King Institute of Preventive Medicine Micro-Biological Section reports 1909-11
Year: 1909
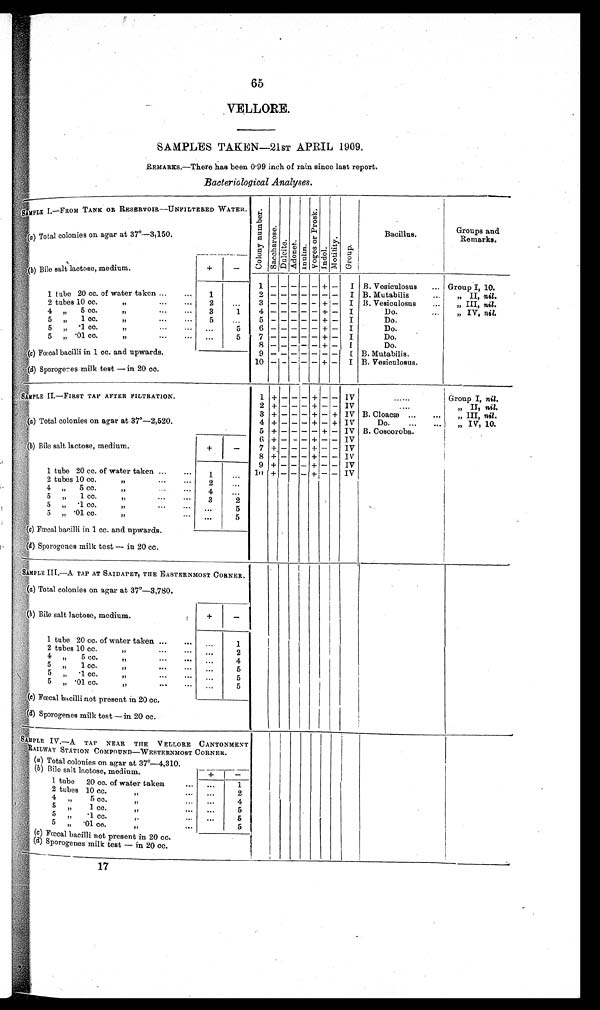
65
VELLORE.
SAMPLES TAKEN —21ST APRIL 1909.
REMARKS.— There has been 0·99 inch of rain since last report.
Bacteriological Analyses.
SAMPLE I.—FROM TANK OR RESERVOIR—UNFILTERED WATER.
Co l o n y n u mb e r . S a c c h a r o s e . Du l c i t e .Ad o n e t . I n u l i n . V o g e s o r P r o s k . I n d o l . M o t i l i t y . Group.
Bacillus. Bacillus.
Groups and
Remarks.
(a) Total colonies on agar at 37°—
3,150.
(b) Bile salt lactose, medium.
+
—
1
— — — — —
+
—
I B. Vesiculosus ... Group I, 10.
1 tube 20 cc. of water taken ... ... 1
2
— — — — — — —
I B. Mutabilis ... „ II, nil.
2 tubes 10 cc.
,,
...
. . . 2 ... 3 — — — — — + — I B. Vesiculosus ... ,, III, nil.
4 , , 5 cc.
,, ... . . . 3 1
4
— — — — —
+ — I
Do. ... „ IV, nil.
5 „ 1 cc.
,,
... . . . 5 ... 5 — — — — — + — I
Do.
5 , , ·1 cc.
,,
. . .
. . . . . .
5
6
— — — — —
+ — I
Do.
5 „ ·01 cc.
„
...
. . . ...
5
7
— — — — —
+ — I
Do.
8 — — — — — +
—
I
Do.
(c ) Fœcal bacilli in 1 cc. and upwards.
9
— — — — — — —
I B. Mutabilis.
10 —
— — —
— + — I B. Vesiculosus.
( d) Sporogenes milk test—in 20 co.
SAMPLE II—FIRST TAP AFTER FILTRATION.
1 + — — — + — — IV
......
Group I, nil.
2 +
— — —
+ — — IV
....
„ II, nil.
3 + — — — + — + IV B. Cloacæ ... ... „ III, nil.
a Total colonies on agar at 37°—
2,520.
4 + — — — + — + IV
Do. ... ... „ IV, 10.
5 + — — — — + — IV B. Coscoroba.
6 + —
— —
+
— —
IV
(b) Bile salt lactose, medium.
+
— 7 + — — — +
—
— IV
8 + — — — +
—
— IV
9 +
— — —
+ — — IV
1 tube 20 cc. of water taken ... ... 1
. . .
1 0 + — — — + — — IV
2 tubes 10 cc.
,,
. . .
. . .
2
. . .
4 , , 5 cc.
, ,
. . .
. . .
4
. . .
5 , , 1 cc.
, ,
. . .
. . .
3
2
5 „ ·1 cc.
,,
...
. . . . . .
5
5 ,,
· 0 1 c c .
,,
... ...
5
(c) Fœcal bacilli in 1 cc. and upwards.
(d) Sporogenes milk test—in 20 cc.
S A M P L E
I I I . —
A TAP AT SAIDAPET, THE EASTERNMOST CORNER.
(a) Total colonies on agar at 37°—
3,780.
(b) Bile salt lactose, medium.
+
—
1
'
tube 20 cc. of water taken ... ...
. . . 1
2 tubes 10 cc.
,,
... ... . . .
2
4 „ 5 cc. ,,
...
. . . ...
4
5 „ 1 cc.
,,
...
. . . . . .
5
5 , , ·1 cc.
,,
...
. . . .. .
5
5 , , ·01 cc.
, ,
. . .
. . . . . .
5
(c) Fœcal bacilli not present in 20 cc.
(d)Sporogenes milk test—in 20 cc.
S A M P L E
I V . — A
T A P N E A R T H E V E L L O R E C A N T O N M E N T
RAILWAY STATION COMPOUND—WESTERNMOST CORNER.
(a) Total colonies on agar at 37°—
4 , 3 1 0 .
(b ) Bile salt lactose, medium.
+
—
1 tube 20 cc. of water taken
. . . . . .
1
2 tubes 10 cc.
,, ...
. . .
2
4 , , 5 cc.
, ,
. . .
. . . 4
5 , , 1 cc.
,, ...
. . .
5
5
·1 CC.
„
. . .
. . .
5
5 ,, ·01 cc.
,, ...
5
(
c ) F œ c a l b a c i l l i n o t p r e s e n t i n 2 0 c c .
(
d ) S p o r o g e n e s m i l k t e s t , — i n 2 0 c c .
17